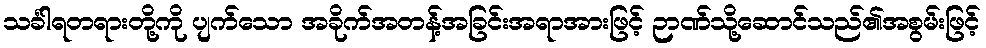
သင်္ခါရတရားတို့ကို ပျက်သော အခိုက်အတန့်အခြင်းအရာအားဖြင့် ဉာဏ်သို့ဆောင်သည်၏အစွမ်းဖြင့်